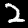
Label: 2